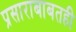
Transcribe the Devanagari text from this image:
प्रसाराबाबतही